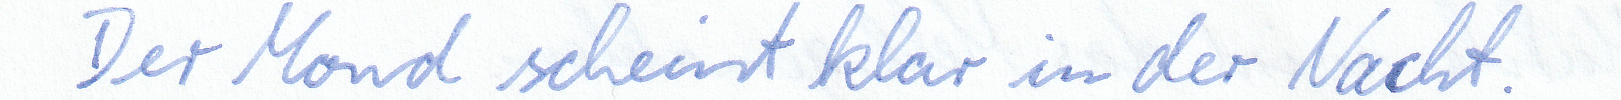
Der Mond scheint klar in der Nacht.